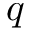
q